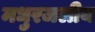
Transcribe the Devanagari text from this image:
मधुरजलीय